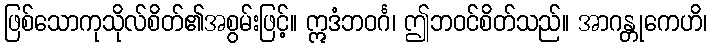
ဖြစ်သောကုသိုလ်စိတ်၏အစွမ်းဖြင့်။ ဣဒံဘဝင်္ဂ၊ ဤဘဝင်စိတ်သည်။ အာဂန္တုကေဟိ၊